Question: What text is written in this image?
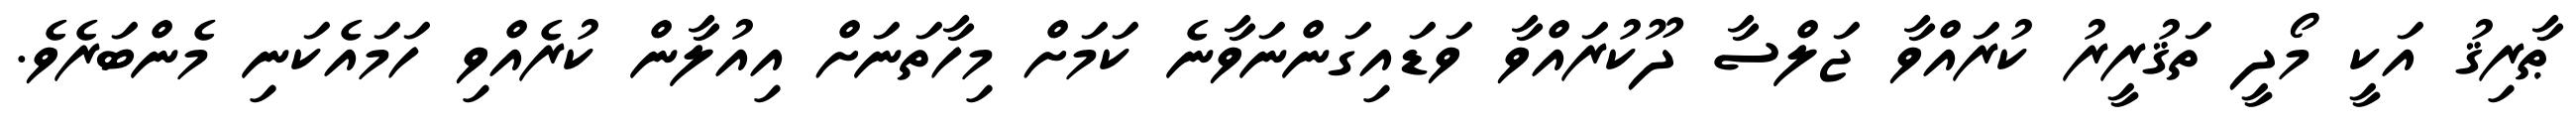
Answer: ޠާރިޤު އަކީ މޯދީ ތަޤުރީރު ކުރައްވާ ޖަލްސާ ދޫކުރައްވާ ވަޑައިގަންނަވާނެ ކަމަށް މިހާތަނަށް އިއުލާން ކުރެއްވި ހަމައެކަނި މެންބަރެވެ.